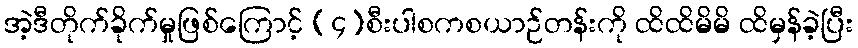
အဲ့ဒီတိုက်ခိုက်မှုဖြစ်ကြောင့် (၄)စီးပါစကစယာဉ်တန်းကို ထိထိမိမိ ထိမှန်ခဲ့ပြီး